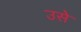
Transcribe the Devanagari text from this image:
उसेेेे